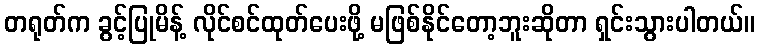
တရုတ်က ခွင့်ပြုမိန့် လိုင်စင်ထုတ်ပေးဖို့ မဖြစ်နိုင်တော့ဘူးဆိုတာ ရှင်းသွားပါတယ်။